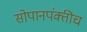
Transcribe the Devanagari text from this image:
सोपानपंक्तीच